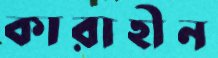
কারাহীন